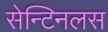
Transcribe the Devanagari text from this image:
सेन्टिनलस